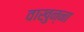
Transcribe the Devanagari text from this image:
वाखुन्ना